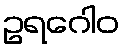
ဥရဂေါဝ